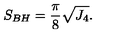
S _ { B H } = { \frac { \pi } { 8 } } \sqrt { J _ { 4 } } .